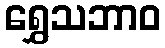
ရွှေသဘာဝ